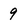
Character: 9